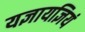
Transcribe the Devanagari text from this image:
यज्ञायज्ञियं